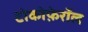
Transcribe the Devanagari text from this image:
टोकोफ़ेरॉल